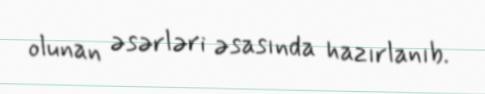
olunan əsərləri əsasında hazırlanıb.